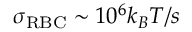
\sigma _ { \mathrm { R B C } } \sim 1 0 ^ { 6 } k _ { B } T / s